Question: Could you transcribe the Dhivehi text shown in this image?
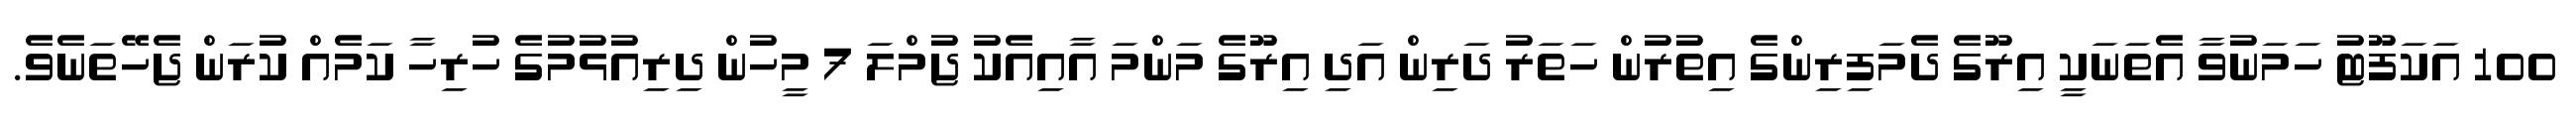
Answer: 100 އަކަފޫޓު ހަމަނުވާ އެތަނަކީ އިރޫގެ ދެމަފިރިންގެ އިތުރުން ހަތަރު ދަރިން އަދި އިރޫގެ މަންމަ އާއިއެކު ޖުމްލަ 7 މީހުން ދިރިއުޅުމުގެ ހުރިހާ ކަމެއް ކުރަން ޖެހޭތަނެވެ.